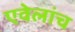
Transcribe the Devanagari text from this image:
एवेलांच